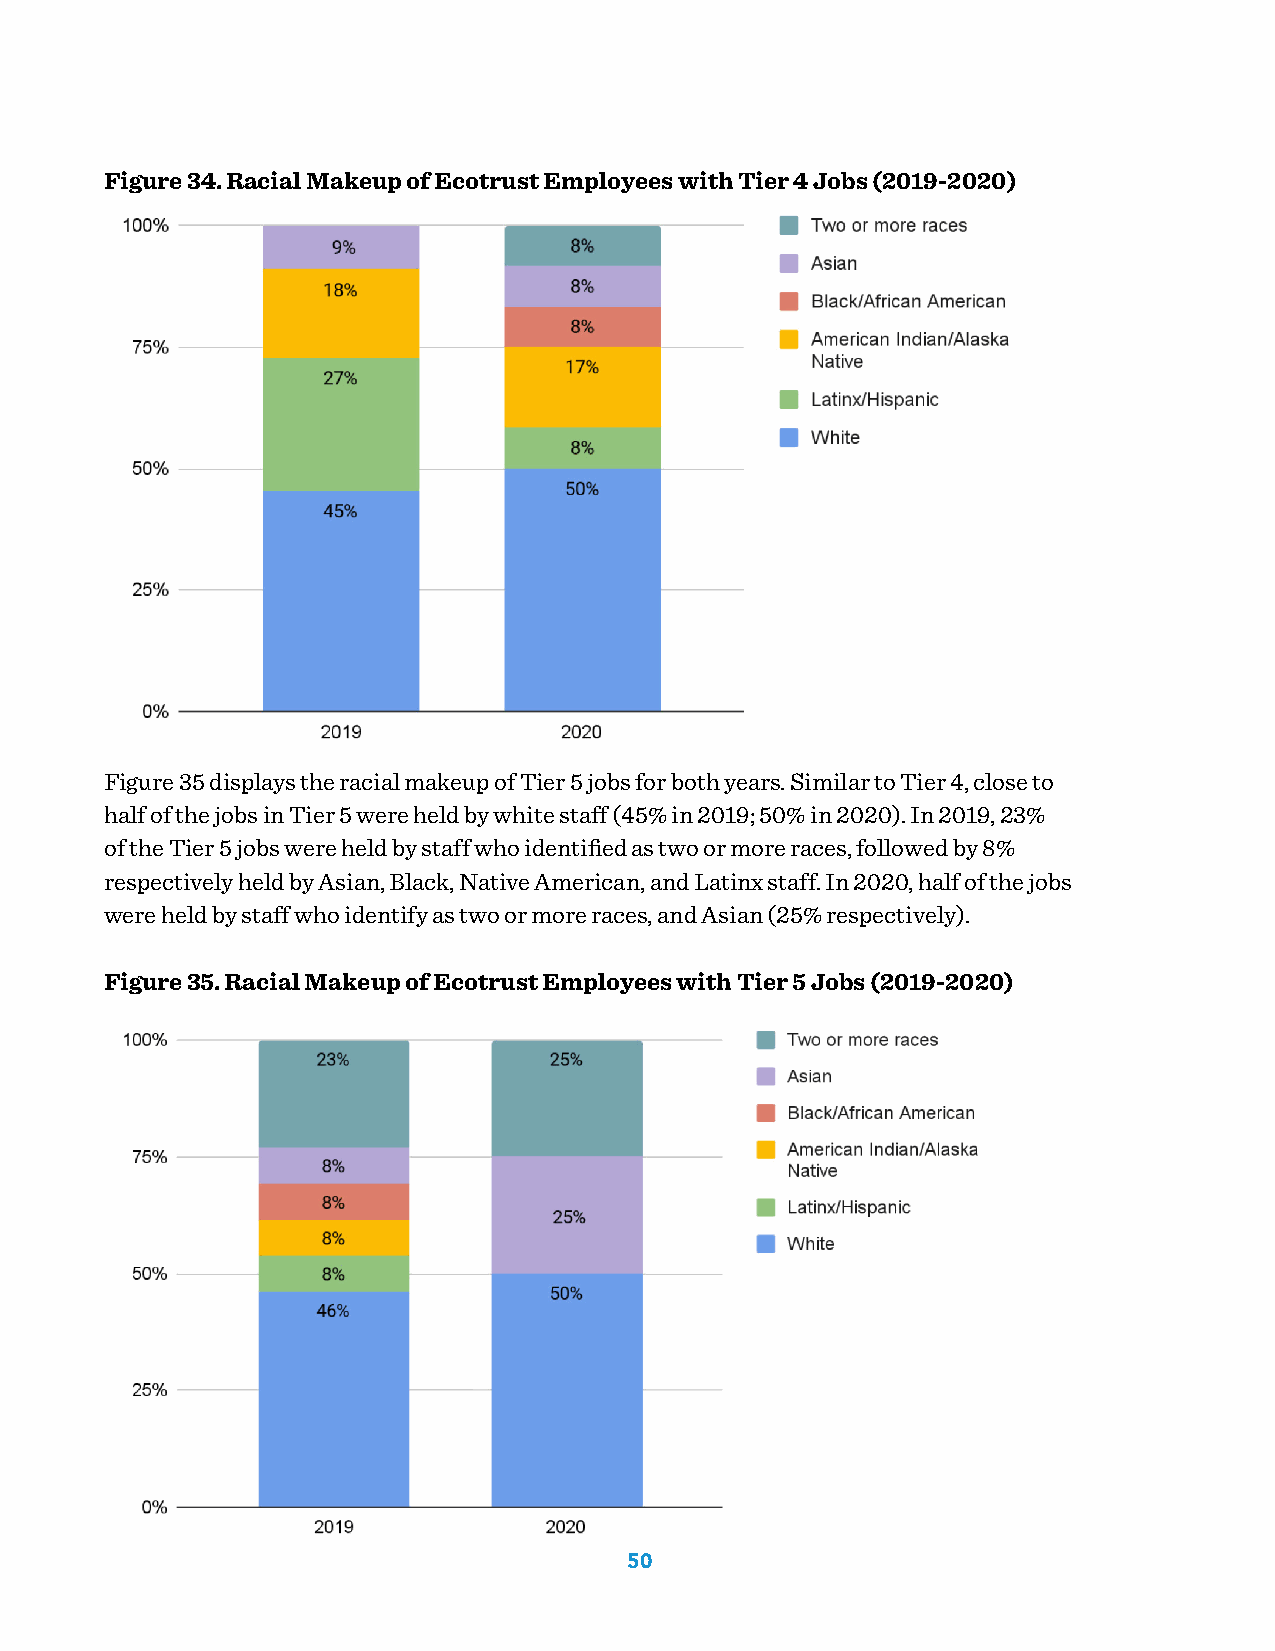
Figure 34. Racial Makeup of Ecotrust Employees with Tier 4 Jobs (2019-2020)
 Figure 35 displays the racial makeup of Tier 5 jobs for both years. Similar to Tier 4, close to
 half of the jobs in Tier 5 were held by white staff (45% in 2019; 50% in 2020). In 2019, 23%
 of the Tier 5 jobs were held by staff who identified as two or more races, followed by 8%
 respectively held by Asian, Black, Native American, and Latinx staff. In 2020, half of the jobs
 were held by staff who identify as two or more races, and Asian (25% respectively).
 Figure 35. Racial Makeup of Ecotrust Employees with Tier 5 Jobs (2019-2020)
 50